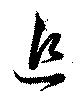
追